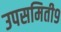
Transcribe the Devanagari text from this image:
उपसमिती९